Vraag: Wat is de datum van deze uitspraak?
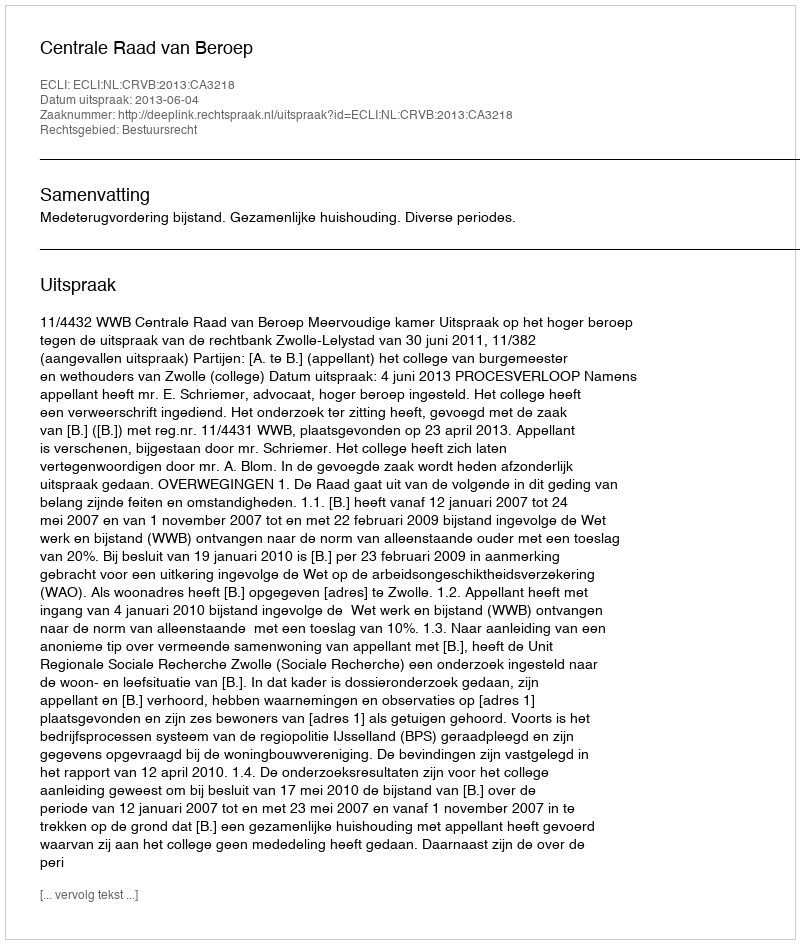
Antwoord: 2013-06-04